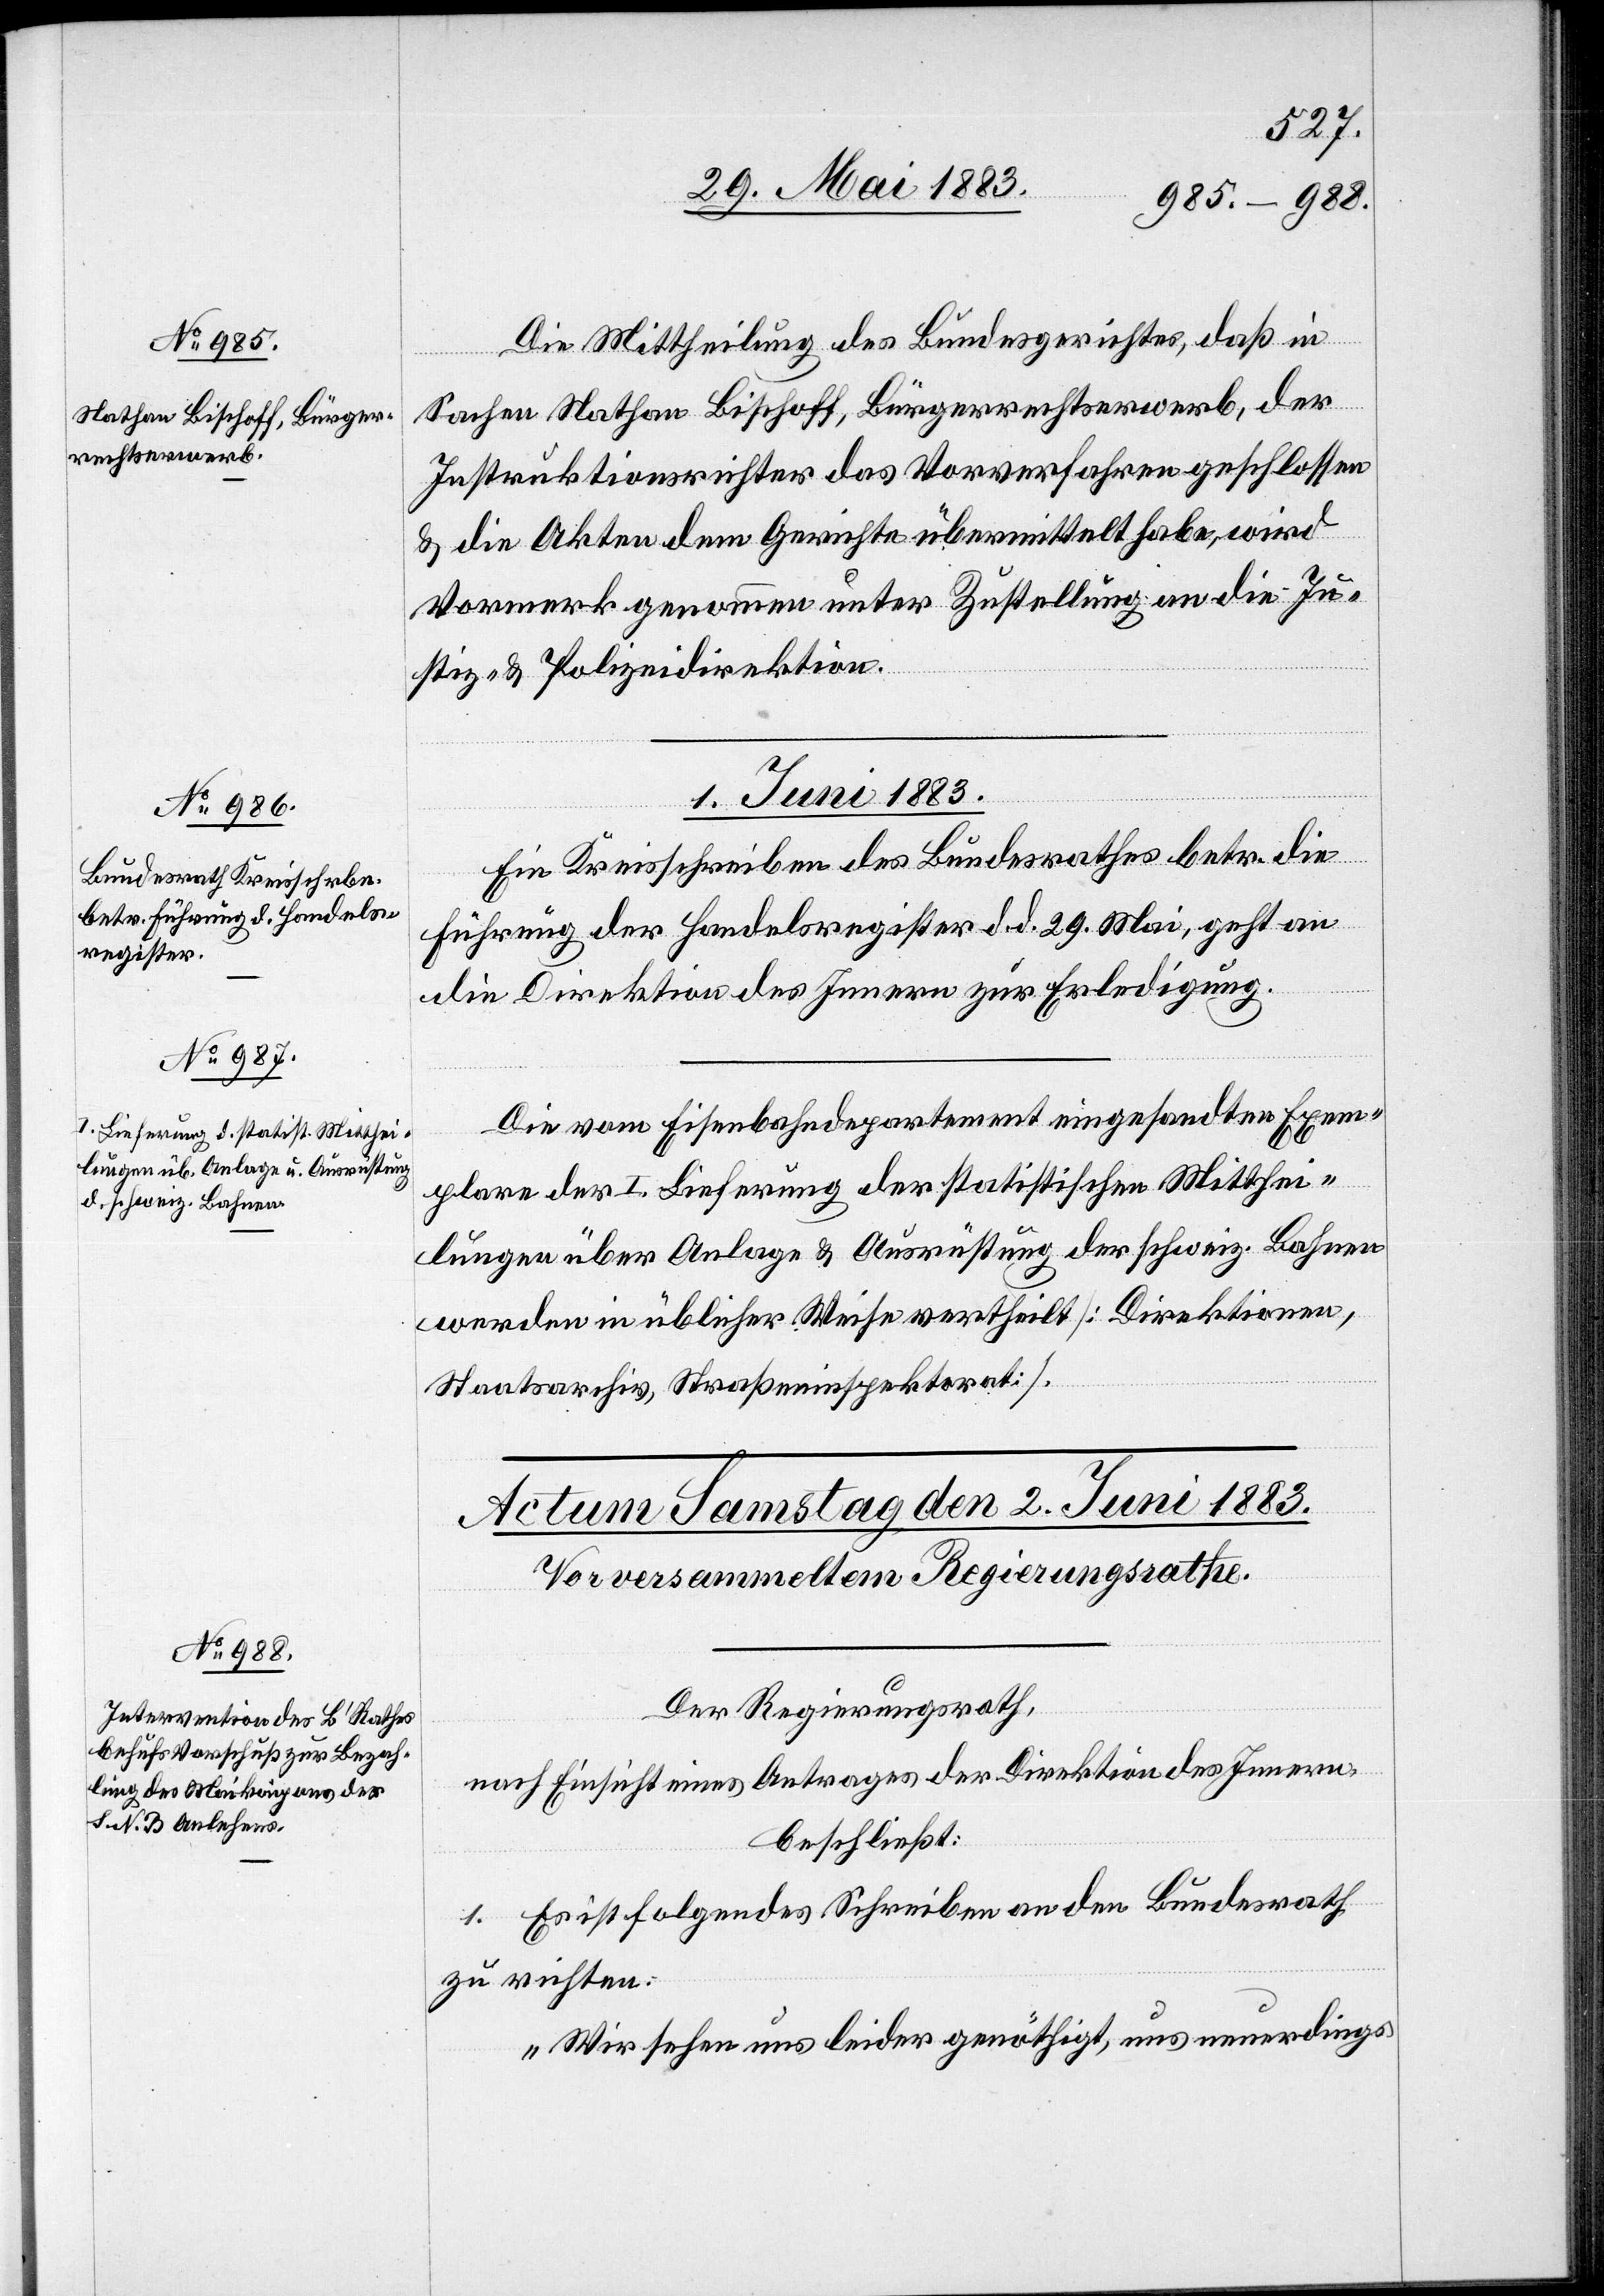
31. Mai 1883.]
Die Mittheilung des Bundesgerichtes, daß in
Sachen Nathan Bischoff, Bürgerrechtserwerb, der
Instruktionsrichter das Vorverfahren geschlossen
& die Akten dem Gerichte übermittelt habe, wird
Vormerk genommen unter Zustellung an die Ju¬
stiz- & Polizeidirektion.
1. Juni 1883.]
Ein Kreisschreiben des Bundesrathes betr. die
Führung des Handelsregister d. d. 29. Mai, geht an
die Direktion des Innern zur Erledigung.
Die vom Eisenbahndepartement eingesandten Exem¬
plare der I. Lieferung der statistischen Mitthei¬
lungen über Anlage & Ausrüstung der schweiz. Bahnen
werden in üblicher Weise vertheilt [Direktionen,
Staatsarchiv, Straßeninspektorat].
Der Regierungsrath,
nach Einsicht eines Antrages der Direktion des Innern
beschließt:
1. Es ist folgendes Schreiben an den Bundesrath
zu richten:
„Wir sehen uns leider genöthigt, uns neuerdings